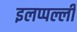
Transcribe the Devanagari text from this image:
इलप्पल्ली